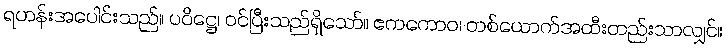
ရဟန်းအပေါင်းသည်။ ပဝိဋ္ဌေ၊ ဝင်ပြီးသည်ရှိသော်။ ဧကကောဝ၊ တစ်ယောက်အထီးတည်းသာလျှင်။